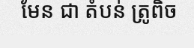
មែន ជា តំបន់ ត្រូពិច